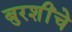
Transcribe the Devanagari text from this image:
बुरशींचे